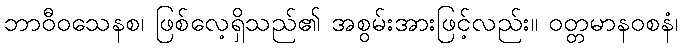
ဘာဝီဝသေနစ၊ ဖြစ်လေ့ရှိသည်၏ အစွမ်းအားဖြင့်လည်း။ ဝတ္တမာနဝစနံ၊